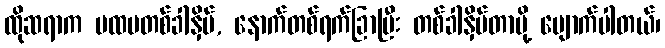
ထိုဆရာက ပထမတစ်ခါနှိပ်, နောက်တစ်ရက်ခြာပြီး တစ်ခါနှိပ်တာမို့ ပျောက်ပါတယ်၊